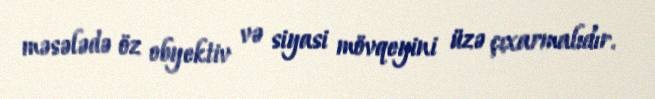
məsələdə öz obyektiv və siyasi mövqeyini üzə çıxarmalıdır.